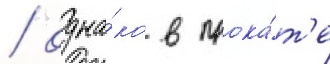
/ одна́ко в прока́т'е